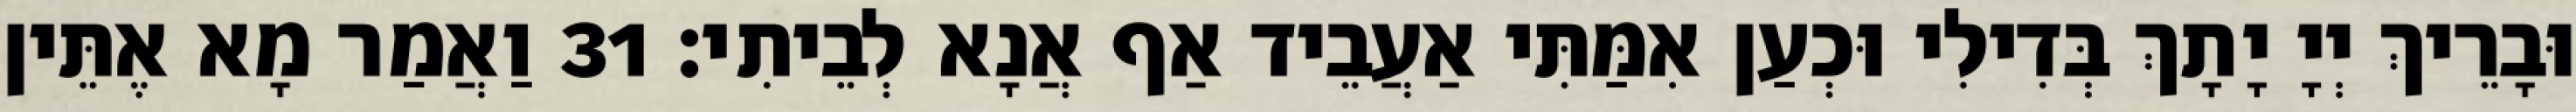
וּבָרֵיךְ יְיָ יָתָךְ בְּדִילִי וּכְעַן אִמַּתִּי אַעֲבֵיד אַף אֲנָא לְבֵיתִי׃ 31 וַאֲמַר מָא אֶתֵּין